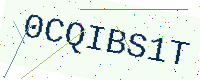
Text: 0CQIBS1T